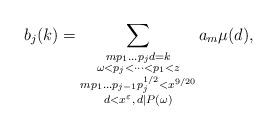
LaTeX: \begin{align*}b_j(k)=\sum_{\substack{mp_1\dots p_j d =k \\ \omega < p_j<\dots<p_1<z \\ mp_1\dots p_{j-1}p_j^{1/2}<x^{9/20}\\ d<x^{\varepsilon},\, d|P(\omega) }}a_m\mu(d),\end{align*}